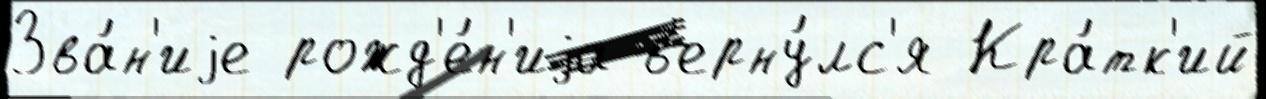
Зва́н'иjе рожд'е́н'иjа в'ерну́лс'я Кра́тк'ий